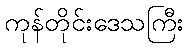
ကုန်တိုင်းဒေသကြီး